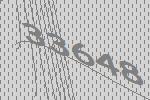
33648